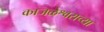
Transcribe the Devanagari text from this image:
काजळेश्वराच्या